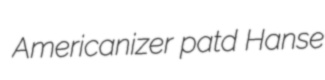
Americanizer patd Hanse